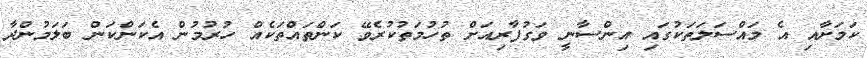
ކަމަށާއި އެ މައްސަލަތަކުގައި އިންސާނީ ވަގުފާރިއަށް ތުހުމަތުކުރެވޭ ކަންތައްތަކެއް ހުރުމުން އެކަންކަން ބަލަމުންދާ